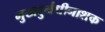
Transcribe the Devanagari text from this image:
मुखदुर्गंधीनाशक